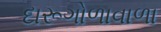
દારૂગોળાવાળા